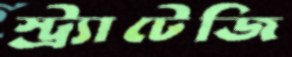
স্ট্র্যাটেজি